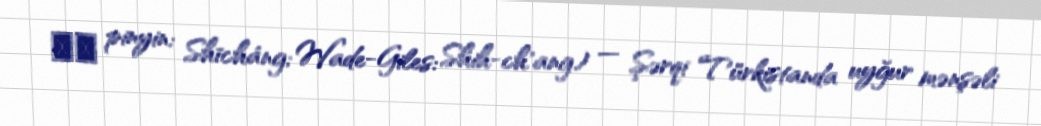
师长 pinyin: Shīcháng; Wade-Giles: Shih-ch'ang) — Şərqi Türkistanda uyğur mənşəli